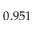
0 . 9 5 1